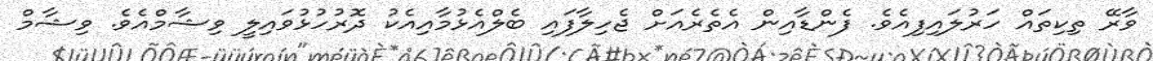
ވާރޭ ތިކިތައް ހަރުލައިފިއެވެ. ފެންޑާއިން އެތެރެއަށް ޖެހިލާފައި ބެލްއެޅުމާއިއެކު ދޮރުހުޅުވައިލީ ވިޝާމްއެވެ. ވިޝާމް